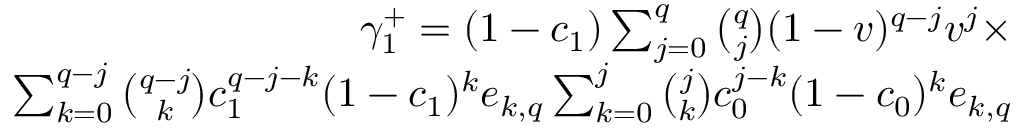
\begin{array} { r } { \gamma _ { 1 } ^ { + } = ( 1 - c _ { 1 } ) \sum _ { j = 0 } ^ { q } { \binom { q } { j } } ( 1 - v ) ^ { q - j } v ^ { j } \times } \\ { \sum _ { k = 0 } ^ { q - j } { \binom { q - j } { k } } c _ { 1 } ^ { q - j - k } ( 1 - c _ { 1 } ) ^ { k } e _ { k , q } \sum _ { k = 0 } ^ { j } { \binom { j } { k } } c _ { 0 } ^ { j - k } ( 1 - c _ { 0 } ) ^ { k } e _ { k , q } } \end{array}